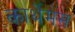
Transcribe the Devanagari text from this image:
कार्थेमस